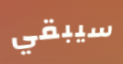
سيبقي